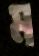
ম